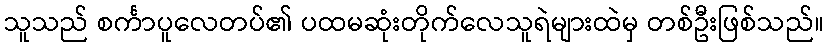
သူသည် စင်္ကာပူလေတပ်၏ ပထမဆုံးတိုက်လေသူရဲများထဲမှ တစ်ဦးဖြစ်သည်။